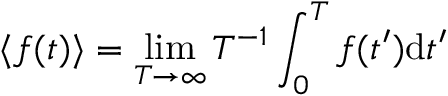
\langle f ( t ) \rangle = \operatorname* { l i m } _ { T \rightarrow \infty } T ^ { - 1 } \int _ { 0 } ^ { T } f ( t ^ { \prime } ) \mathrm { d } t ^ { \prime }